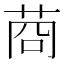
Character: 𦯶